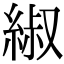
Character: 𫃬